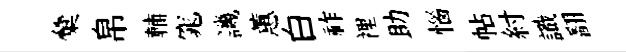
彙帛輔窕譏蕙白祚裡助惱帖紂識翻